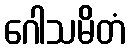
ဂေါသမိတံ